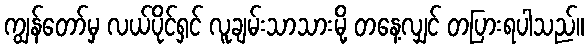
ကျွန်တော်မှ လယ်ပိုင်ရှင် လူချမ်းသာသားမို့ တနေ့လျှင် တပြားရပါသည်။